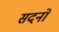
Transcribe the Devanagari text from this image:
सदनो